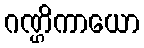
ဂဏ္ဌိကာယော